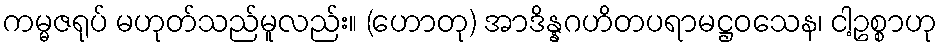
ကမ္မဇရုပ် မဟုတ်သည်မူလည်း။ (ဟောတု) အာဒိန္နဂဟိတပရာမဋ္ဌဝသေန၊ ငါ့ဥစ္စာဟု